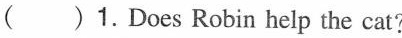
( )1.Does Robin help the cat?